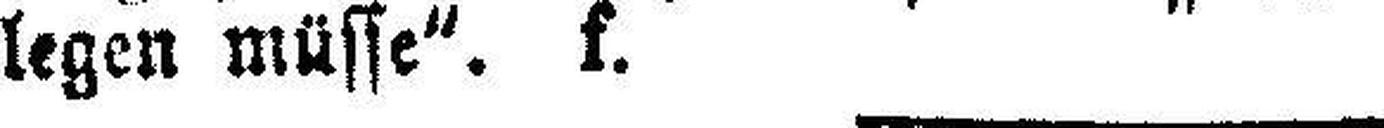
legen müsse“. f.